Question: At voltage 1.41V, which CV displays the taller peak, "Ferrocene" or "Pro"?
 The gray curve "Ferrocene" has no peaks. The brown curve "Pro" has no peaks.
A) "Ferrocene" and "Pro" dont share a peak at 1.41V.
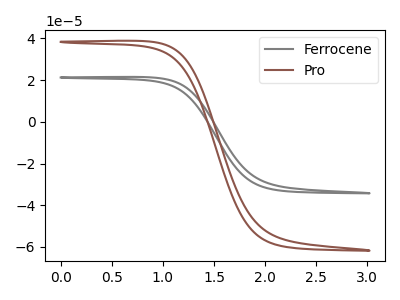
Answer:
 <answer>A) "Ferrocene" and "Pro" dont share a peak at 1.41V.</answer>
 <eval>A</eval>